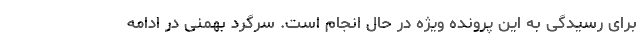
برای رسیدگی به این پرونده ویژه در حال انجام است. سرگرد بهمنی در ادامه